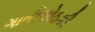
ગાતીલોઠકી